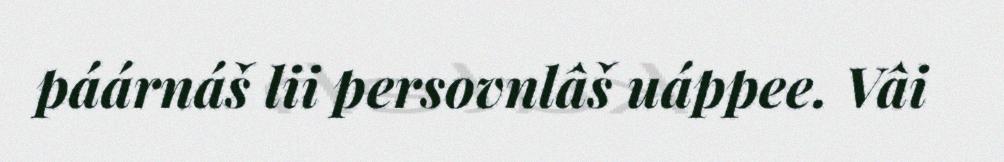
páárnáš lii persovnlâš uáppee. Vâi